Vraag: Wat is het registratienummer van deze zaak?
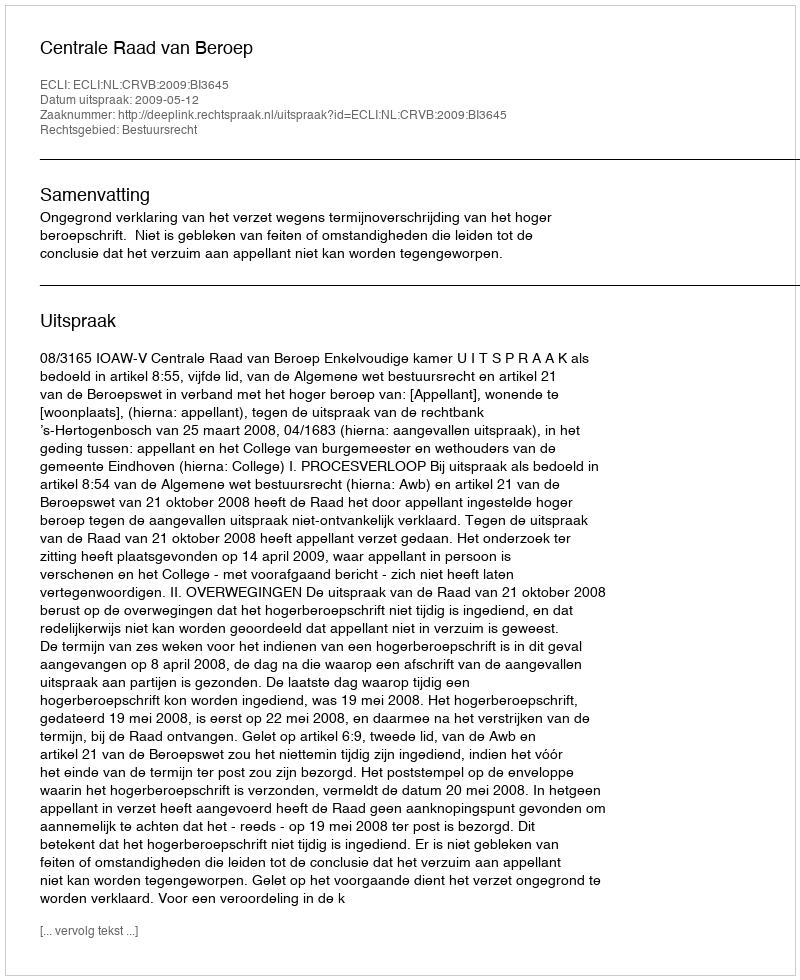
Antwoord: http://deeplink.rechtspraak.nl/uitspraak?id=ECLI:NL:CRVB:2009:BI3645